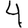
Digit: 4